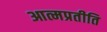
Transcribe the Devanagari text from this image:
आत्मप्रतीति